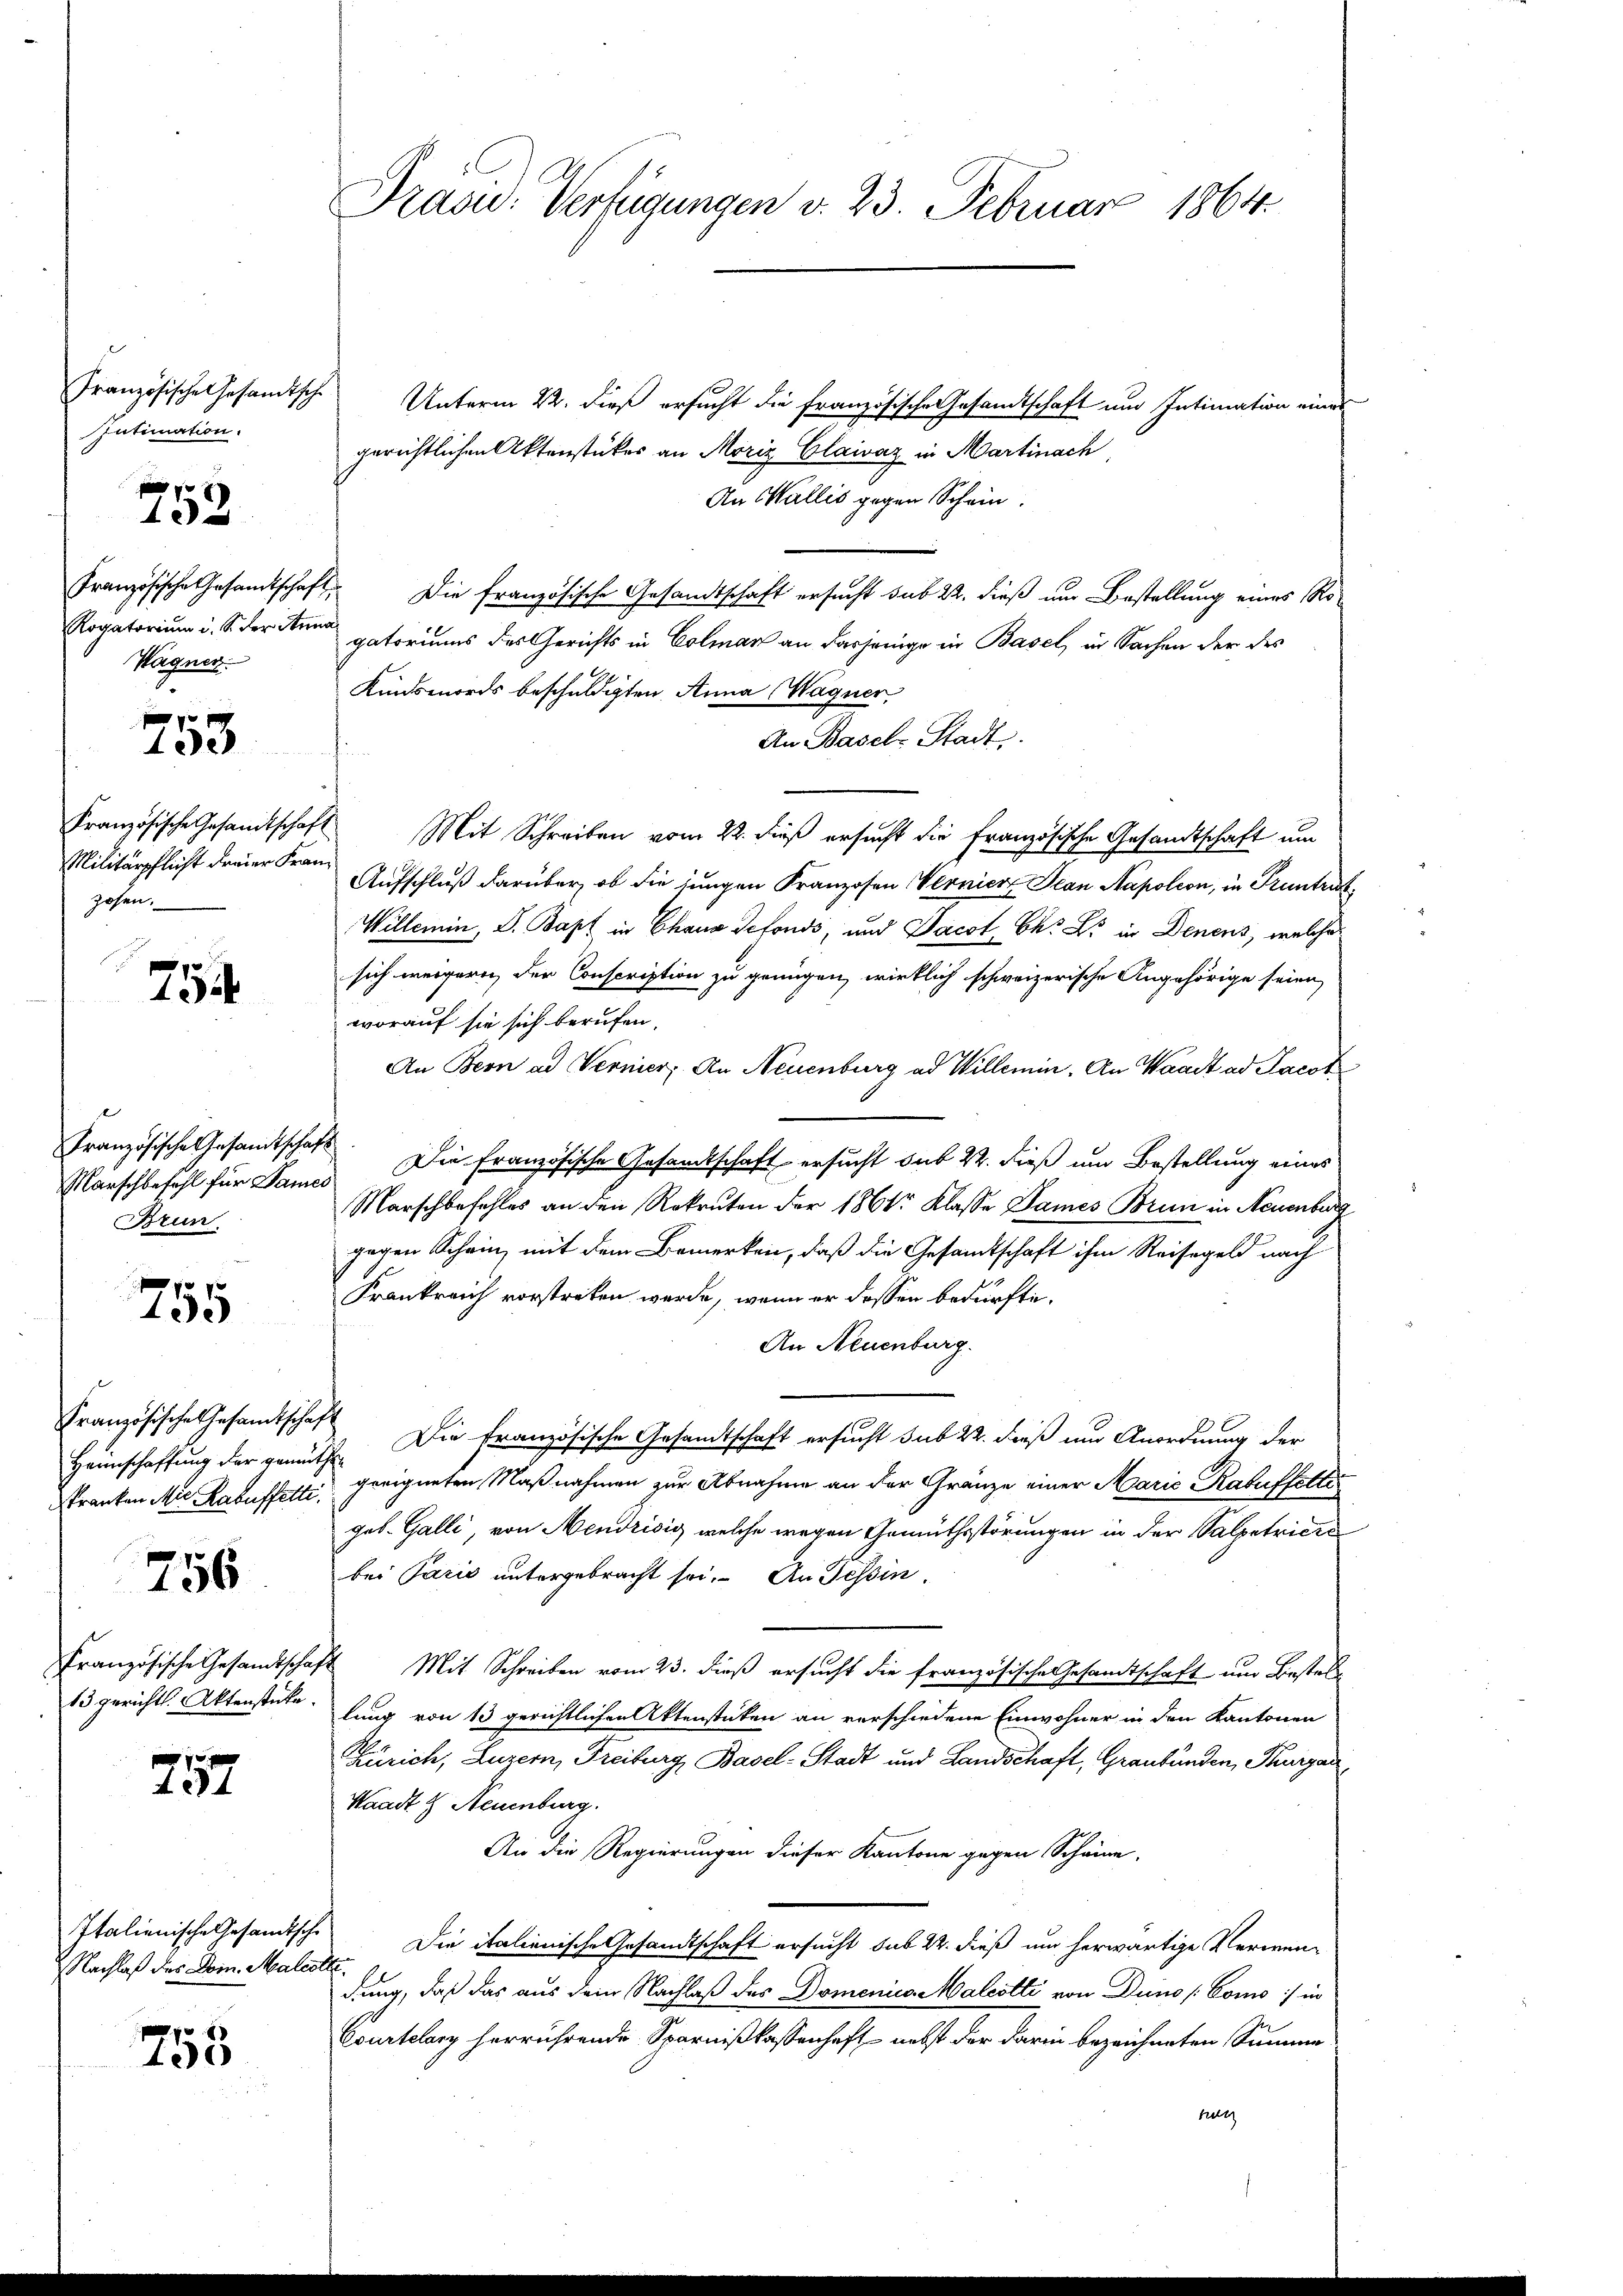
Französische Gesandtsche
Intimation.

753

Französische Gesandtschaf
Rogatorium d. S. der Am
Wagner.

753

Französische Gesandtschaf
Militärpflicht dreier Fran
zosen.

754

Französische Gesandtschaf
Marschbefehl für Dame
Brun

755

Französische Gesandtschaft
Kranken Mit Kauffetti.

756

Französische Gesandtschaf
13 gerichtl. Aktenstücke.

757

Nachlaß des Dom. Males

755

Präsid. Verfügungen v. 23. Februar 1864.

A
Unterm 22. dieß ersucht die französische Gesandtschaft und Intimation eines
gerichtlichen Aktenstückes an Moriz Glaivaz in Martinach,
An Wallis gegen Schein.
A. Die französische Gesandtschaft ersucht sub 22. dieß nur Bestellung eines Ro-
gatoriums des Gerichts in Colmar an dasjenige in Basel, in Sachen der des
Kindsmords beschuldigten Anna Wagner,
An Basel-Stadt.
Mit Schreiben vom 22. dieß ersucht die Französische Gesandtschaft um
Aufschluß darüber, ob die jungen Franzosen Vernier Jean Napoleon, in Pruntrut
Willemin, S. Bapt in Chana Sefonds, und Pacst Ch. L. in Denens, welches
sich weigern der Conscription zu genügen, wirklich schweizerische Angehörige seien
worauf sie sich berufen.
An Bern ad Vernier, An Neuenburg ad Willemin. An Waadt ad Jacot
.
Die Französische Gesandtschaft ersucht sub 22. dieß um Bestellung eines
Marschbefehles an den Rekruten der 1864 Klasse Dames Brun in Neuenburg
gegen Schein, mit dem Bemerken, daß die Gesandtschaft ihm Reisegeld nach
Frankreich vorstreten werde, wenn er dessen bedürfte.
An Neuenburg.
Heimschaffung der gemüthe. Die französische Gesandtschaft ersucht sub 22. dieß und Anordnung der
geeigneten Maßnahmen zur Abnahme an der Gränze einer Marie-Rabuffetti
geb. Galli, von Mendrisis welche wegen Gemüthsstörungen in der Salpetriere
bei Paris untergebracht sei. An Tessin,
14. Mit Schreiben vom 23. dieß ersucht die französische Gesandtschaft und Bestel
lung von 13 gerichtlichen Aktenstücken an verschiedene Einwohner in den Kantonen
Zürich, Luzern, Freiburg, Basel-Stadt und Landschaft, Graubünden, Thurgau,
Waadt & Neuenburg.
An die Regierungen dieser Kantone gegen Schaine.
Italienische Gesandtsche Die italienische Gesandtschaft ersucht sub 22. dieß um herwärtige Vermen-
.
dung, daß das aus dem Nachlaß des Domenico Malcotti von Duno [Como:/ in
Courtelary herrührende Sparnißkassenhaft nebst der darin bezeichneten Summe
hut